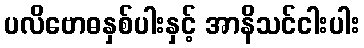
ပလိဗောဓနှစ်ပါးနှင့် အာနိသင်ငါးပါး